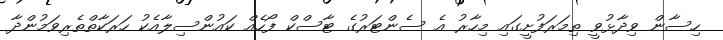
ހިސާން ވިދާޅުވީ ތިމަރަފުށީގައި މިހާރު އެ ސެންޓަރުގެ ޓާސްކް ފޯހެއް ކައުންސިލާއެކު ހަރަކާތްތެރިވަމުންދާ